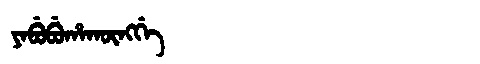
Manchu: ᠶᠠᠪᡠᠪᡠᡥᠠᡴᡡᠩᡤᡝ
Romanization: YABUBUHAKŪNGGE